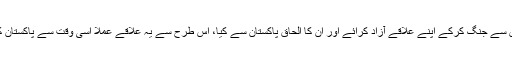
شمالی علاقہ جات (گلگت بلتستان) کے عوام نے غاصبوں سے جنگ کرکے اپنے علاقے آزاد کرائے اور ان کا الحاق پاکستان سے کیا، اس طرح سے یہ علاقے عملاً اسی وقت سے پاکستان کے نظم و نسق سے وابستہ ہیں اور پاکستان کا حصہ ہیں۔